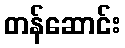
တန်ဆောင်း